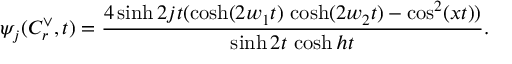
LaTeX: \psi _ { j } ( C _ { r } ^ { \vee } , t ) = \frac { 4 \sinh 2 j t ( \cosh ( 2 w _ { 1 } t ) \, \cosh ( 2 w _ { 2 } t ) - \cos ^ { 2 } ( x t ) ) } { \sinh 2 t \, \cosh h t } .